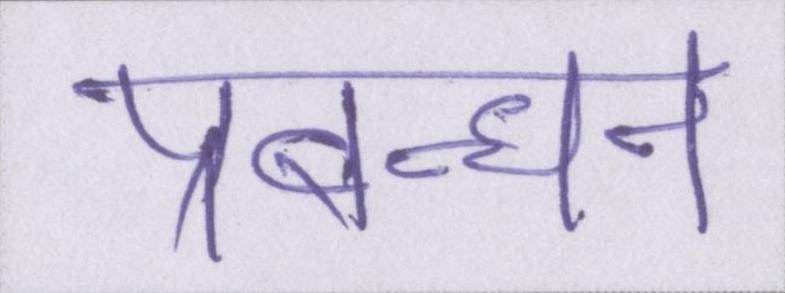
प्रबन्धन